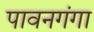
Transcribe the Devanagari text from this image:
पावनगंगा